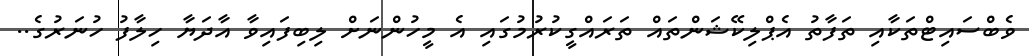
ވެބްސައިޓްތަކާއި ތަފާތު އެޕްލިކޭޝަންތައް ތަރައްގީކުރުމުގައި އެ މީހުންނަށް ލިބިފައިވާ އާދަޔާ ހިލާފު ހުނަރުގެ..